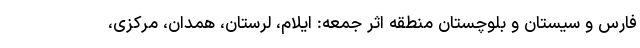
فارس و سیستان و بلوچستان منطقه اثر جمعه: ایلام، لرستان، همدان، مرکزی،